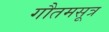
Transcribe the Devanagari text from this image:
गौतमसूत्र